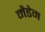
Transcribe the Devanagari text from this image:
मैडेम